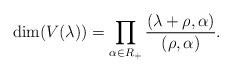
LaTeX: \begin{align*}\dim(V(\lambda))=\prod_{\alpha\in R_{+}}\frac{(\lambda+\rho,\alpha)}{(\rho,\alpha)}.\end{align*}